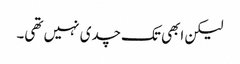
لیکن ابھی تک چدی نہیں تھی۔